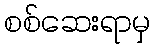
စစ်ဆေးရာမှ